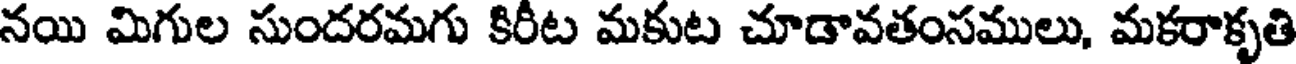
నయి మిగుల సుందరమగు కిరీట మకుట చూడావతంసములు, మకరాకృతి